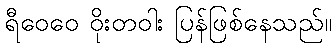
ရီဝေဝေ ဝိုးတဝါး ပြန်ဖြစ်နေသည်။